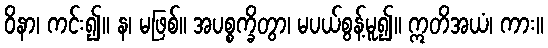
ဝိနာ၊ ကင်း၍။ န၊ မဖြစ်။ အပစ္စက္ခိတွာ၊ မပယ်စွန့်မူ၍။ ဣတိအယံ၊ ကား။